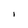
Character: i